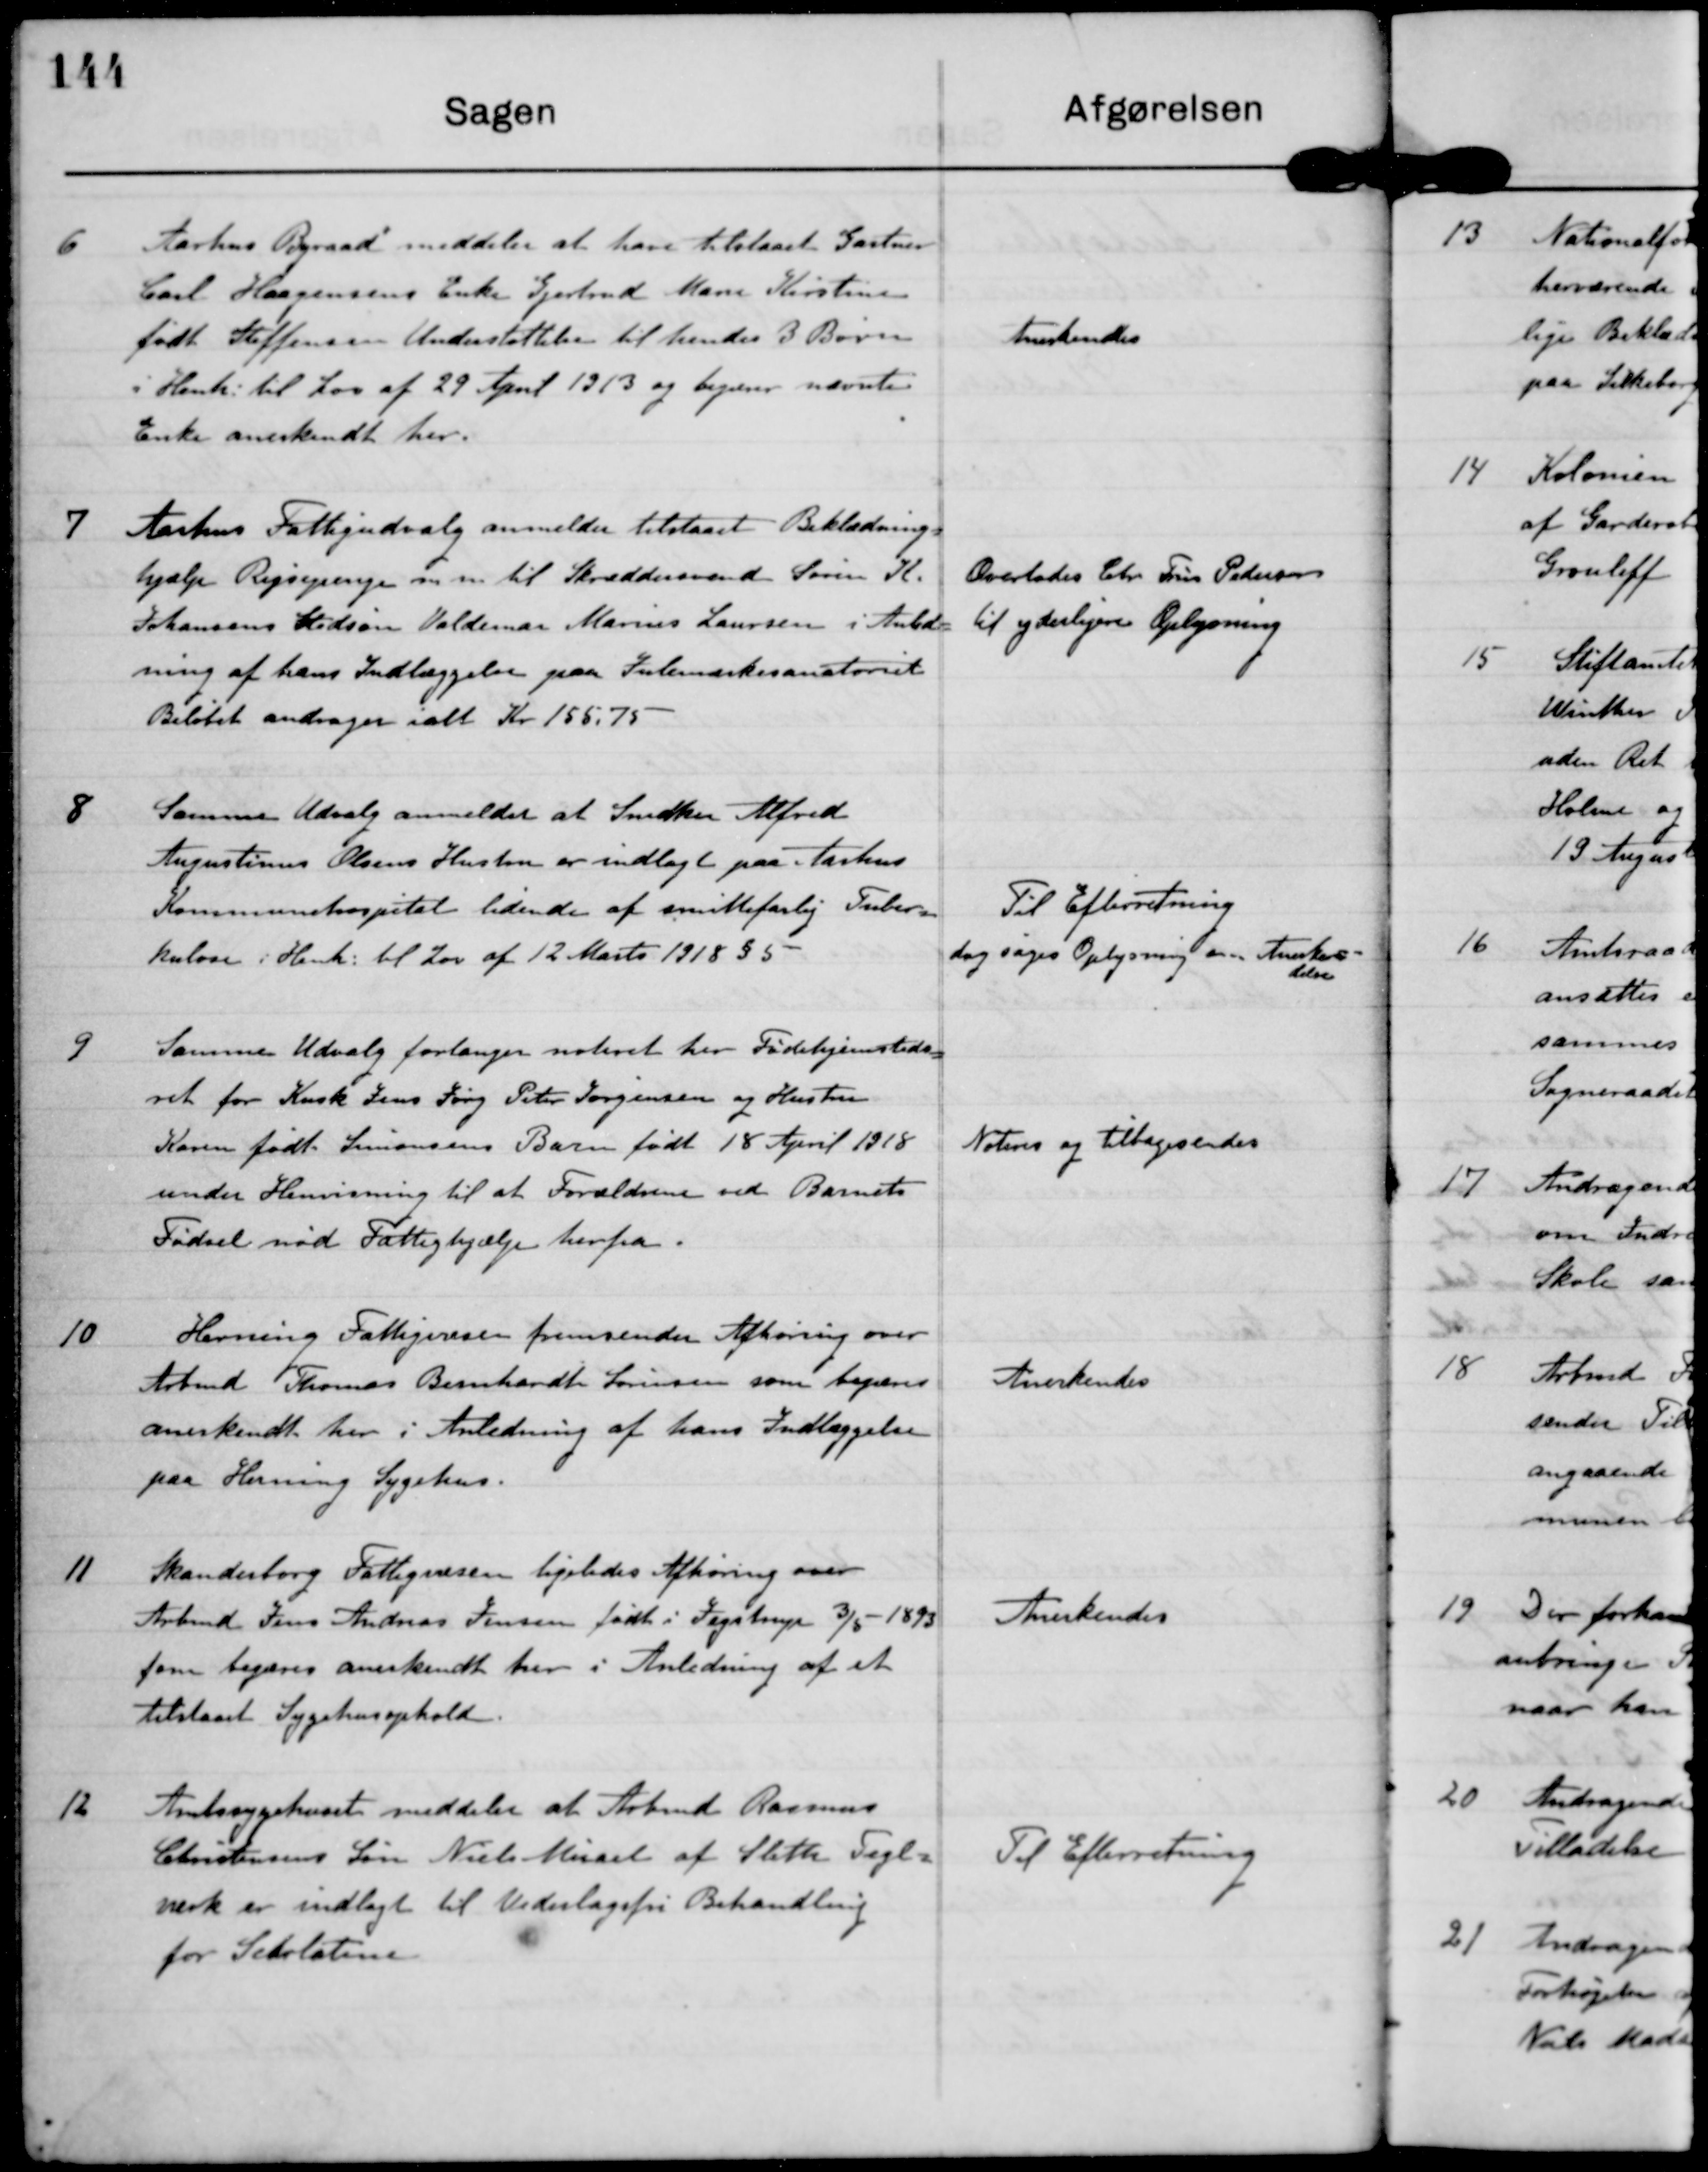
Transskription:
6

Aarhus Byraad meddeler at have tilstaaet Gartner
Carl Haagensens Enke Gjertrud Marie Kristensen
født Steffensen Understøttelse til hendes 3 Børn
i Henh. til Lov af 29 April 1913 og begærer nævntes
Enke anerkendt her.

Anerkendtes

7

Aarhus Fattigudvalg anmelder tilstaaet Beklædnings-
hjælp Rejsepenge mm til Skrædersvend Søren K.
Johansens Stedsøn Valdemar Marius Laursen i Anled-
ning af hans Indlæggelse paa Julemærkssanatoriet
Beløbet andrager ialt Kr 155,75

Overlades Chr. Friis Pedersen
til yderligere Oplysning

8

Samme Udvalg anmelder at Snedker Alfred
Augustinus Olsens Hustru er indlagt paa Aarhus
Kommunehospital lidende af smittefarlig Tuber-
kulose i Henh. til Lov af 12 Marts 1918 §5.

Til Efterretning
dog søges Oplysning om Anerken-
delse

9

Samme Udvalg forlanger noteret her Fødehjemsteds-
ret for Kusk Jens Jørg Peter Jørgensen og Hustru
Karen Født Simonsens Barn født 18 April 1918
under Henvisning til at Forældrene ved Barnets
Fødsel nød Fattighjælp herfra.

Noteres og tilbagesendes

10

Herning Fattigvæsen fremsender Afhøring over
Arbmd. Thomas Bernhardt Sørensen som begæres
anerkendt her i Anledning af hans Indlæggelse
paa Herning Sygehus.

Anerkendes

11

Skanderborg Fattigvæsen ligeledes Afhøring over
Arbmd Jens Andreas Jensen født i Jegstrup 3/5-1893
som begæres anerkendt her i Anledning af et
tilstaaet Sygehusophold.

Anerkendes

12

Amtssygehuset meddeler at Arbmd Rasmus
Christensens Søn Niels Micael af Sleth Tegl-
verk er indlagt til Vederlagsfri Behandling
for Scarlatine

Til Efterretning